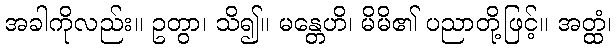
အခါကိုလည်း။ ဥတွာ၊ သိ၍။ မန္တေဟိ၊ မိမိ၏ ပညာတို့ဖြင့်။ အတ္ထံ၊